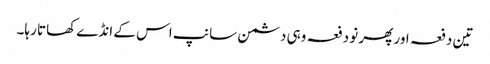
تین دفعہ اور پھر نو دفعہ وہی دشمن سانپ اس کے انڈے کھاتا رہا۔